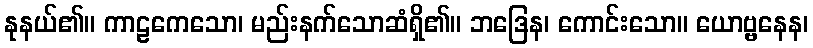
နုနယ်၏။ ကာဠကေသော၊ မည်းနက်သောဆံရှိ၏။ ဘဒြေန၊ ကောင်းသော။ ယောဗ္ဗနေန၊